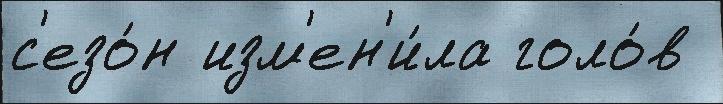
с'езо́н изм'ен'и́ла голо́в